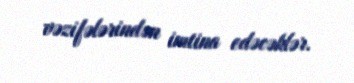
vəzifələrindən imtina edəcəklər.